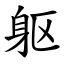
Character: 躯